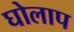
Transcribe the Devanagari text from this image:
घोलाप